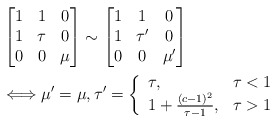
\begin{align*}&\left[\begin{matrix} 1 & 1 & 0\\ 1 & \tau & 0\\ 0 & 0 & \mu \end{matrix}\right]\sim \left[\begin{matrix} 1 & 1 & 0\\ 1 & \tau'& 0\\ 0 & 0 & \mu' \end{matrix}\right] \\&\Longleftrightarrow \mu'=\mu,\tau' = \left\{\begin{array}{ll}\tau, & \tau<1 \\1+\frac{(c-1)^2}{\tau-1}, & \tau>1\end{array}\right.\end{align*}